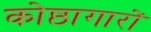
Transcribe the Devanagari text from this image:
कोष्ठागारों